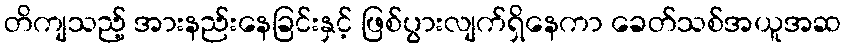
တိကျသည့် အားနည်းနေခြင်းနှင့် ဖြစ်ပွားလျက်ရှိနေကာ ခေတ်သစ်အယူအဆ